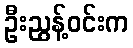
ဦးညွန့်ဝင်းက